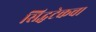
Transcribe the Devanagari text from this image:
सिद्धटेकचा